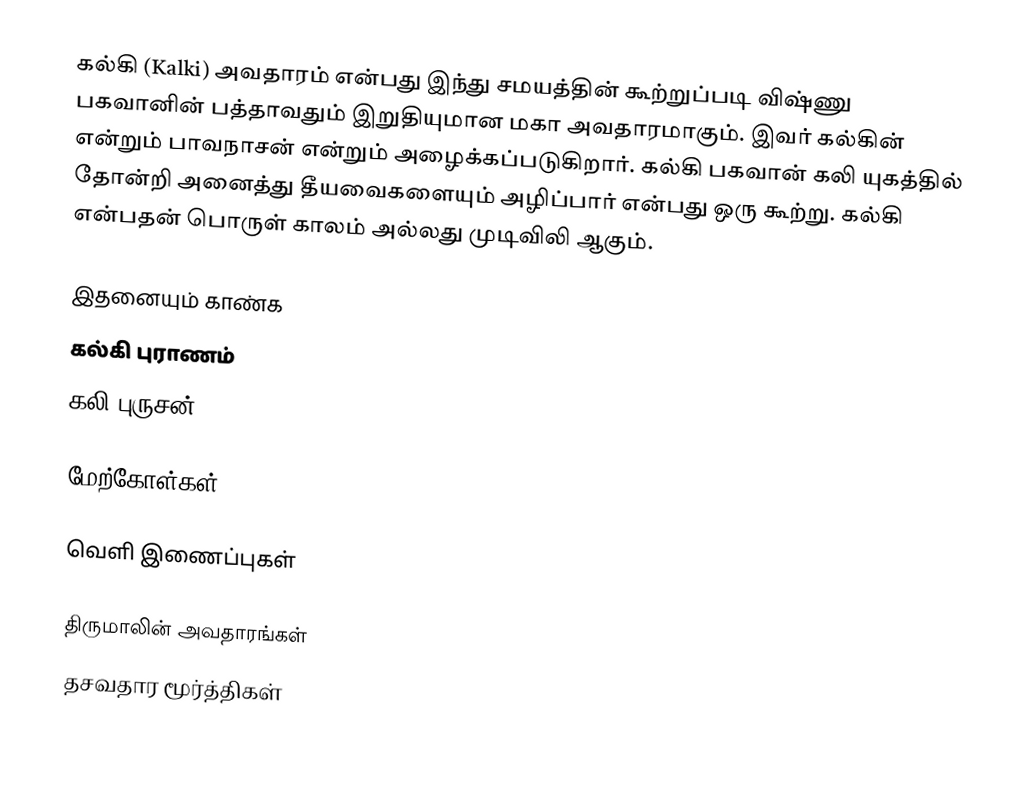
கல்கி (Kalki) அவதாரம் என்பது இந்து சமயத்தின் கூற்றுப்படி விஷ்ணு பகவானின் பத்தாவதும் இறுதியுமான மகா அவதாரமாகும். இவர் கல்கின் என்றும் பாவநாசன் என்றும் அழைக்கப்படுகிறார். கல்கி பகவான் கலி யுகத்தில் தோன்றி அனைத்து தீயவைகளையும் அழிப்பார் என்பது ஒரு கூற்று. கல்கி என்பதன் பொருள் காலம் அல்லது முடிவிலி ஆகும்.

இதனையும் காண்க
 கல்கி புராணம்
 கலி புருசன்

மேற்கோள்கள்

வெளி இணைப்புகள்

திருமாலின் அவதாரங்கள்
தசவதார மூர்த்திகள்